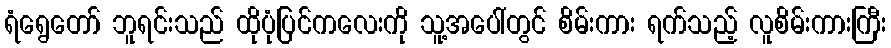
ရံရွေတော် ဘူရင်းသည် ထိုပုံပြင်ကလေးကို သူ့အပေါ်တွင် စိမ်းကား ရက်သည့် လူစိမ်းကားကြီး